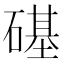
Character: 𥕛